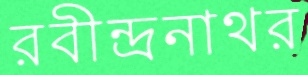
রবীন্দ্রনাথর